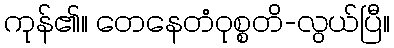
ကုန်၏။ တေနေတံဝုစ္စတိ-လွယ်ပြီ။